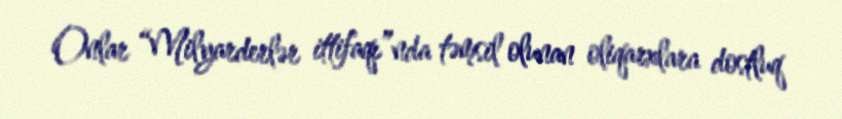
Onlar “Milyarderlər ittifaqı”nda təmsil olunan oliqarxlara dostluq